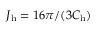
J _ { \mathrm { h } } = 1 6 \pi / ( 3 C _ { \mathrm { h } } )